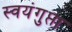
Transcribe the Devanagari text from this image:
स्वयंगुप्ता